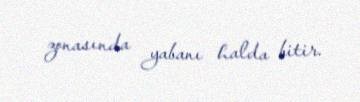
zonasında yabanı halda bitir.